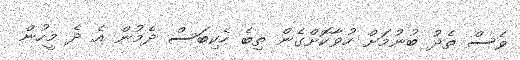
ވެސް ތެދު ބުނުމަށް ހުވާކޮށްގެން ތިބެ ހެކިބަސް ދެމުން އެ ދެ މީހުން